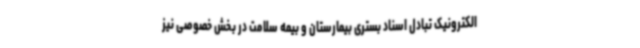
الکترونیک تبادل اسناد بستری بیمارستان و بیمه سلامت در بخش خصوصی نیز